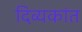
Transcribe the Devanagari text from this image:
दिव्यकांत